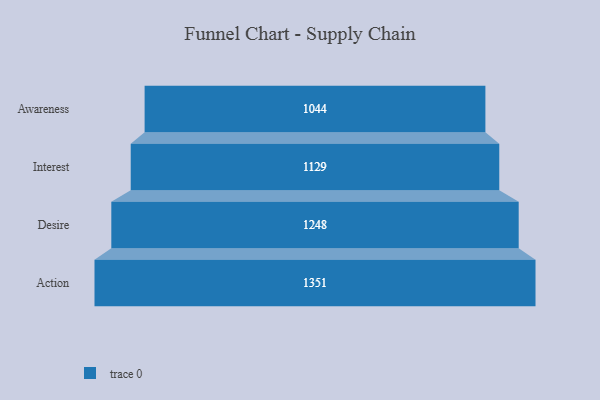
{"axis": {"x": "Stage", "y": "Value"}, "legend": [""], "data": [{"x": "Awareness", "y": 1044.0, "type": ""}, {"x": "Interest", "y": 1129.0, "type": ""}, {"x": "Desire", "y": 1248.0, "type": ""}, {"x": "Action", "y": 1351.0, "type": ""}]}